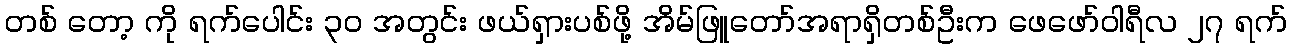
တစ် တော့ ကို ရက်ပေါင်း ၃၀ အတွင်း ဖယ်ရှားပစ်ဖို့ အိမ်ဖြူတော်အရာရှိတစ်ဦးက ဖေဖော်ဝါရီလ ၂၇ ရက်